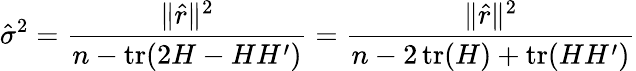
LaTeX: {\hat{\sigma}}^{2}={\frac{\| {\hat{r}}\| ^{2}}{n-\operatorname{tr}(2H-HH^{\prime})}}={\frac{\| {\hat{r}}\| ^{2}}{n-2\operatorname{tr}(H)+\operatorname{tr}(HH^{\prime})}}